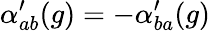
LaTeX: \alpha_{ab}^{\prime}(g)=-\alpha_{ba}^{\prime}(g)